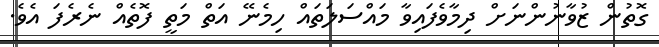
ގޮތުން ޒުވާނުންނަށް ދިމާވެފައިވާ މައްސަލަތައް ހިމެނޭ އަތް މަތީ ފޮތެއް ނެރެފަ އެވެ.